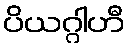
ပိယဂ္ဂါဟီ